Civil Veterinary Dept. Assam report 1927-50 - 1927-1950
Year: 1927
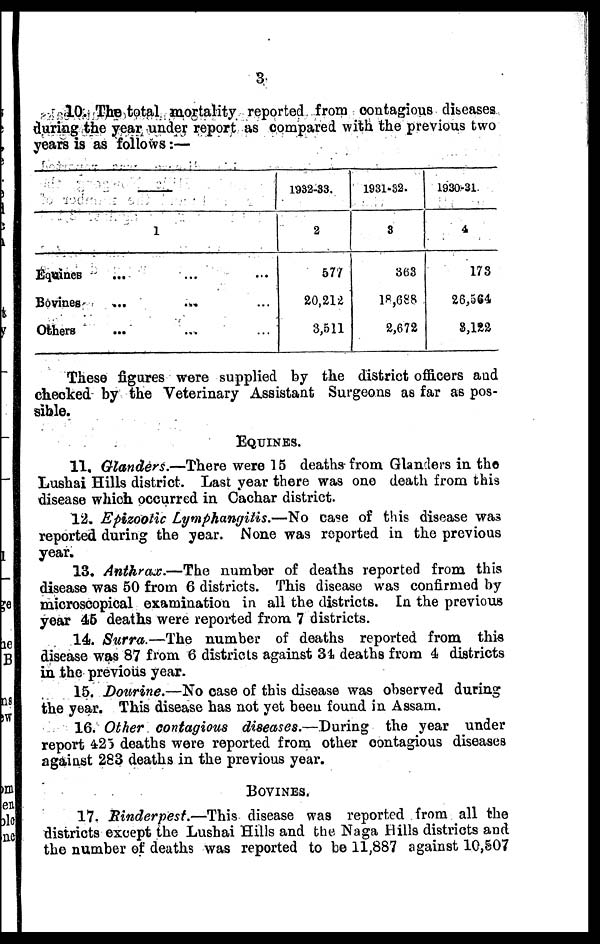
10. The total mortality reported from contagious diseases
during the year under report as compared with the previous two
years is as follows :—
1
Equines
Bovines
Others
...
...
...
...
...
...
...
...
...
1932-33.
2
577
20,212
3,511
1931-32.
3
363
18,688
2,672
1930-31
4
173
26,364
3,122
These figures were supplied by the district officers and
checked by the Veterinary Assistant Surgeons as far as pos-
sible.
EQUINES.
11. Glanders.—There
were 15 deaths from Glanders in the
Lushai Hills district. Last year there, was one death from this
disease which occurred in Cachar district.
12. Epizootic Lymphangitis.—No
case of this disease was
reported during the year. None was reported in the previous
year.
13. Anthrax.—The
number of deaths reported from this
disease was 50 from 6 districts. This disease was confirmed by
microscopical examination in all the districts. In the previous
year 46 deaths were reported from 7 districts.
14. Surra.—The
number of deaths reported from this
disease was 87 from 6 districts against 31, deaths from 4 districts
in the previous year.
15. Dourine.—No case of this disease was observed during
the year. This disease has not vet been found in Assam.
16. Other contagious
diseases.—During
the year under
report 425 deaths wore reported from other contagious diseases
against 283 deaths in the previous year.
BOVINES.
17. Rinderpest.—This
disease was reported from all the
districts except the Lushai Hills and the Naga Hills districts and
the number of deaths was reported to be 11,887 against 10,507